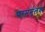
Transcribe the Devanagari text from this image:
परममूलक